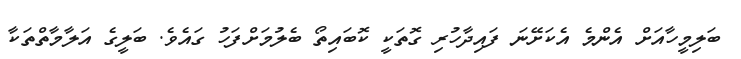
ބަލިމީހާއަށް އެންމެ އެކަށޭނަ ފައިދާހުރި ގޮތަކީ ކޮބައިތޯ ބެލުމަށްފަހު ގައެވެ. ބަލީގެ އަލާމާތްތަކާ